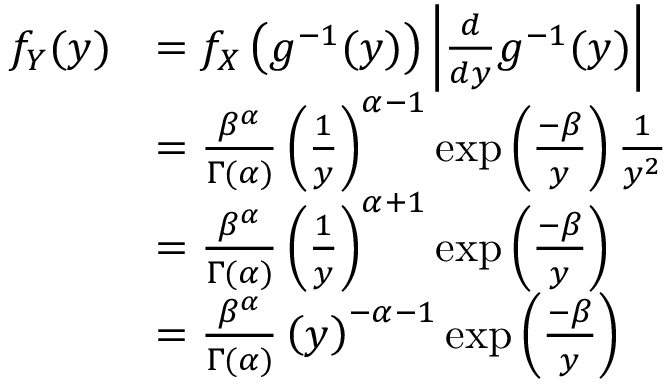
{ \begin{array} { r l } { f _ { Y } ( y ) } & { = f _ { X } \left( g ^ { - 1 } ( y ) \right) \left| { \frac { d } { d y } } g ^ { - 1 } ( y ) \right| } \\ & { = { \frac { \beta ^ { \alpha } } { \Gamma ( \alpha ) } } \left( { \frac { 1 } { y } } \right) ^ { \alpha - 1 } \exp \left( { \frac { - \beta } { y } } \right) { \frac { 1 } { y ^ { 2 } } } } \\ & { = { \frac { \beta ^ { \alpha } } { \Gamma ( \alpha ) } } \left( { \frac { 1 } { y } } \right) ^ { \alpha + 1 } \exp \left( { \frac { - \beta } { y } } \right) } \\ & { = { \frac { \beta ^ { \alpha } } { \Gamma ( \alpha ) } } \left( y \right) ^ { - \alpha - 1 } \exp \left( { \frac { - \beta } { y } } \right) } \end{array} }